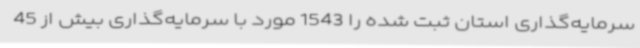
سرمایه‌گذاری استان ثبت شده را 1543 مورد با سرمایه‌گذاری بیش از 45